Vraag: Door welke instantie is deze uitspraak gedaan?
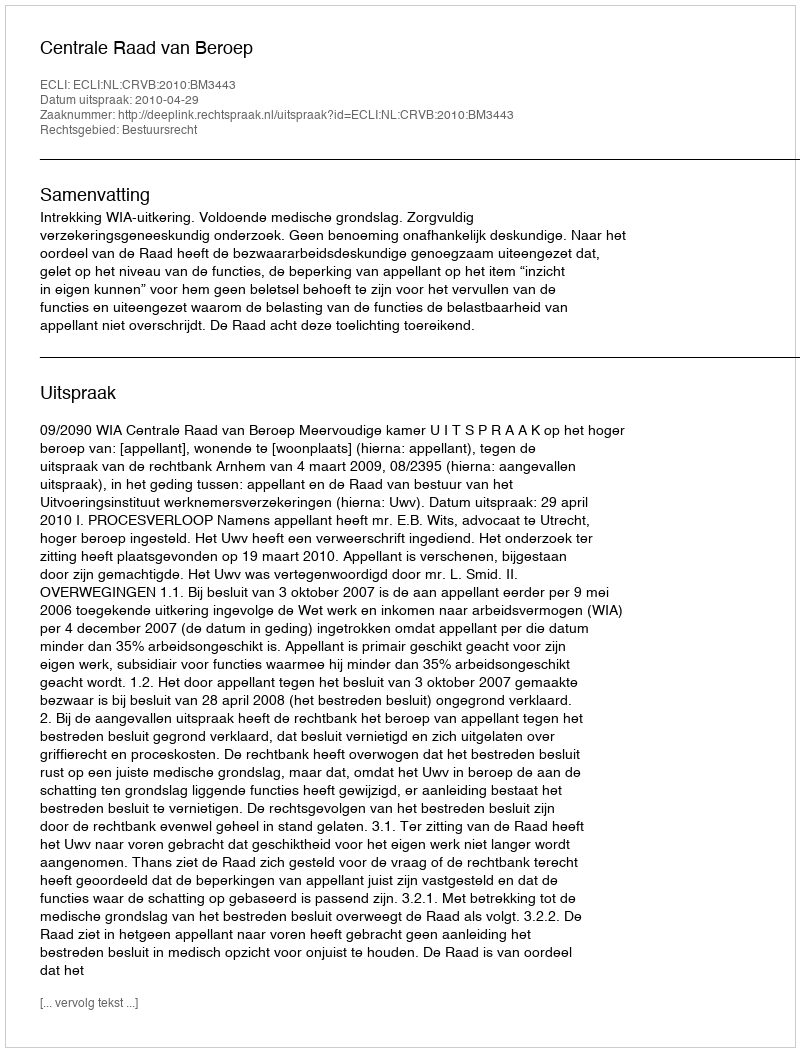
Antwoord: Centrale Raad van Beroep